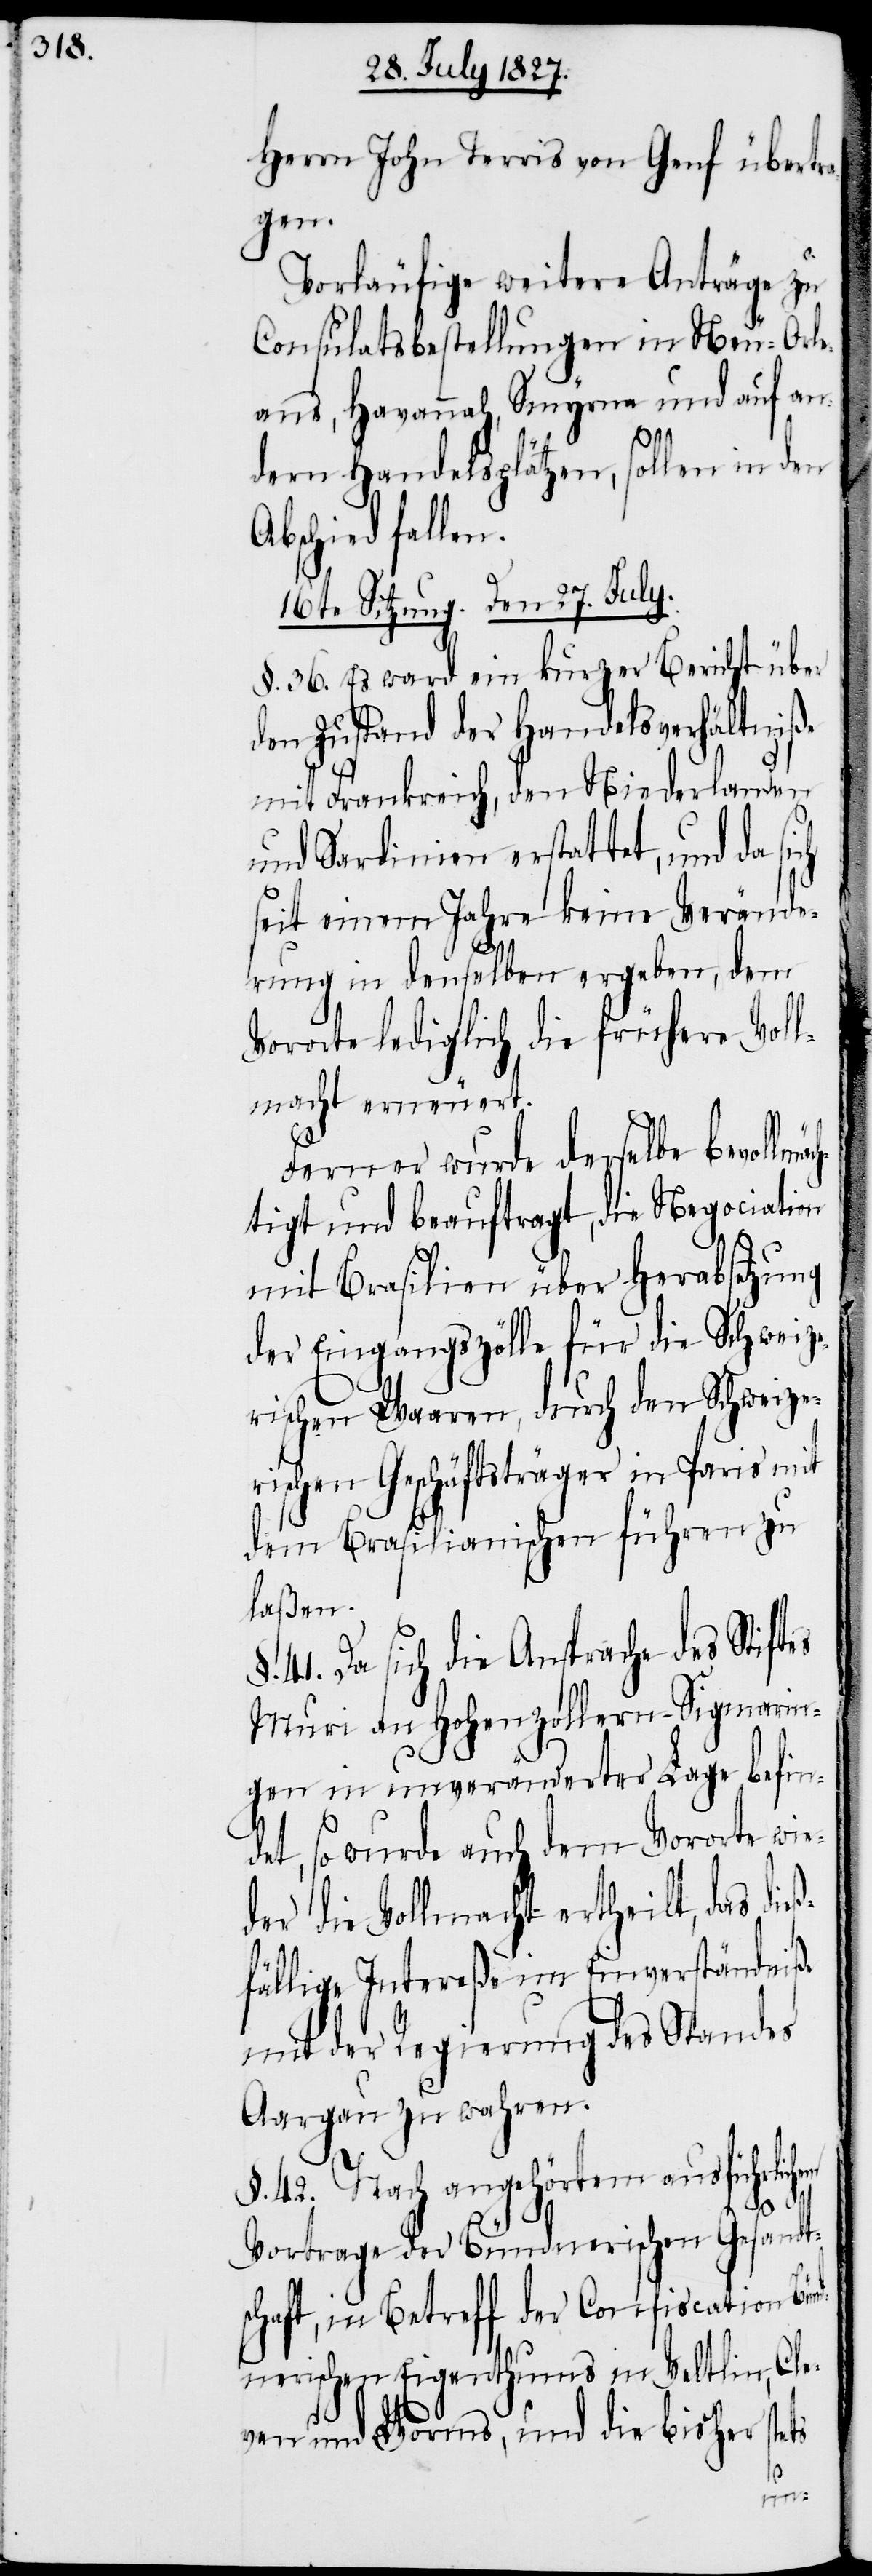
Herrn John Terris von Genf übertr¬
agen.
Vorläufige weitere Anträge zu
Consulatsbestellungen in Neu-Orle¬
ans, Havannah, Smyrna und auf an¬
dern Handelsplätzen, sollen in den
Abscheid fallen.
16te Sitzung. Den 27. July.
§. 36. Es ward ein kurzer Bericht über
den Zustand der Handelsverhältniße
mit Frankreich, den Niederlanden
und Sardinien erstattet, und da si¬
seit einem Jahre keine Verände¬
rung in denselben ergeben, dem
Vororte lediglich die frühere Voll¬
macht erneuert.
Ferner wurde derselbe bevollmä¬
tigt und beauftragt, die Negociation
mit Brasilien über Herabsetzung
der Eingangszölle für die Schweize¬
rischen Waaren, durch den Schweize¬
rischen Geschäftsträger in Paris mit
dem Brasilianischen führen zu
laßen.
41. Da sich die Ansprache des Stiftes
Muri an Hohenzollern-Sigmarin¬
gen in unveränderter Lage befin¬
det, so wurde auch dem Vororte wie¬
der die Vollmacht ertheilt, das die¬
fällige Intereße im Einverständniße
mit der Regierung des Standes
Aargau zu wahren.
§. 42. Nach angehörtem ausführlichen
Vortrage der Bündnerischen Gesandt¬
schaft, in Betreff der Confiscation Bü¬
ndnerischen Eigenthums in Veltlin, Cle¬
ven und Worms, und die bisher stets
ß¬